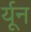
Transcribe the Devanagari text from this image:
र्यून